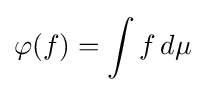
\varphi (f)=\int f\,d\mu